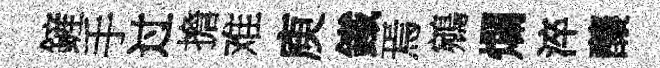
鏟手过擔难庾鐵焉鵷爛淬釀